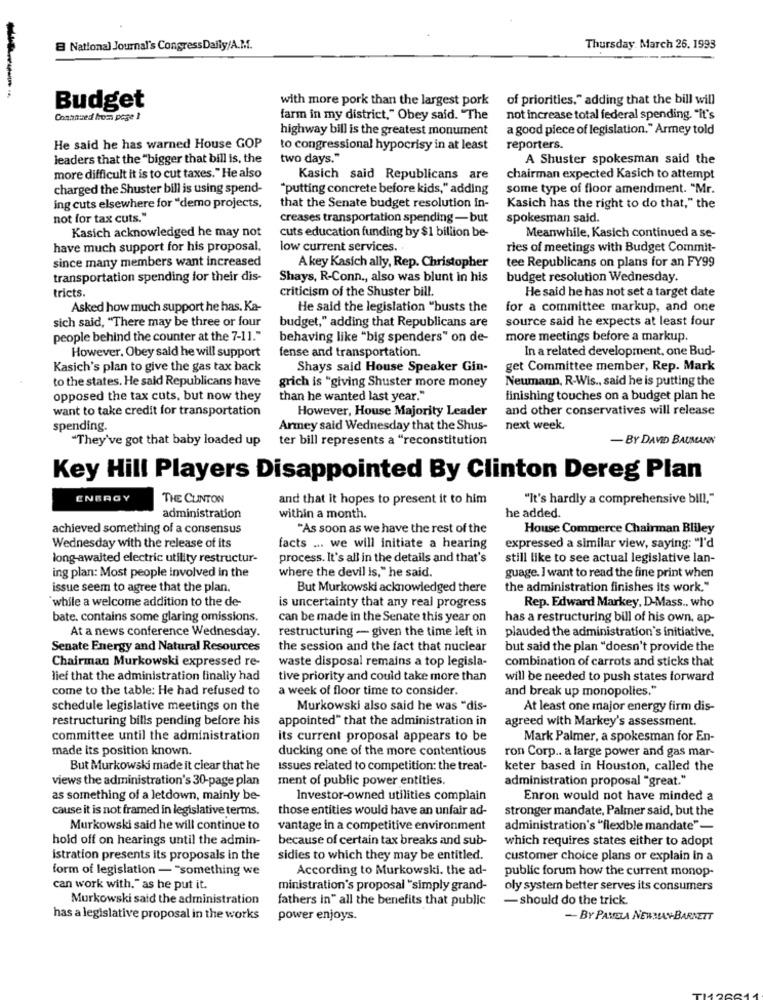
B National Journal's CongressDaily/A.M ..
Thursday, March 26. 1993
with more pork than the largest pork
of priorities," adding that the bill will
Budget
Contnued hrom poge ?
farm in my district," Obey said. "The
not increase total federal spending. "It's
highway bill is the greatest monument
a good piece of legislation." Armey told
He said he has warned House GOP
to congressional hypocrisy in at least
reporters.
leaders that the "bigger that bill is, the
two days."
A Shuster spokesman said the
more difficult it is to cut taxes. " He also
Kasich said Republicans are
chairman expected Kasich to attempt
charged the Shuster bill is using spend-
"putting concrete before kids," adding
some type of floor amendment. "Mr.
ing cuts elsewhere for "demo projects,
that the Senate budget resolution In-
Kasich has the right to do that," the
not for tax cuts."
creases transportation spending -but
spokesman said.
Kasich acknowledged he may not
cuts education funding by $1 billion be-
Meanwhile, Kasich continued a se-
have much support for his proposal.
low current services.
ries of meetings with Budget Commit-
since many members want increased
A key Kasich ally, Rep. Christopher
tee Republicans on plans for an FY99
transportation spending for their dis-
Shays, R-Conn ., also was blunt in his
budget resolution Wednesday.
tricts.
criticism of the Shuster bill.
He said he has not set a target date
Asked how much support he has. Ka-
He said the legislation "busts the
for a committee markup, and one
sich said, "There may be three or four
source said he expects at least four
budget," adding that Republicans are
people behind the counter at the 7-11."
behaving like "big spenders" on de-
more meetings before a markup.
fense and transportation.
In a related development, one Bud-
However, Obey said he will support
Kasich's plan to give the gas tax back
Shays said House Speaker Gin-
get Committee member, Rep. Mark
to the states. He said Republicans have
Neumann, R-Wis ., said he is putting the
grich is "giving Shuster more money
opposed the tax cuts, but now they
than he wanted last year."
finishing touches on a budget plan he
want to take credit for transportation
However, House Majority Leader
and other conservatives will release
spending.
Armey said Wednesday that the Shus-
next week.
"They've got that baby loaded up
ter bill represents a "reconstitution
- BY DAVID BAUMCANON
Key Hill Players Disappointed By Clinton Dereg Plan
ENERGY
THE CLINTON
and that it hopes to present it to him
"It's hardly a comprehensive bill."
he added.
administration
within a month.
achieved something of a consensus
"As soon as we have the rest of the
House Commerce Chairman Bliley
Wednesday with the release of its
facts ... we will initiate a hearing
expressed a similar view, saying: "I'd
long-awaited electric utility restructur-
process. It's all in the details and that's
still like to see actual legislative lan-
ing plan: Most people involved in the
where the devil is," he said
guage. I want to read the fine print when
issue seem to agree that the plan.
But Murkowski acknowledged there
the administration finishes its work."
while a welcome addition to the de-
Rep. Edward Markey, D-Mass .. who
is uncertainty that any real progress
bate. contains some glaring omissions.
can be made in the Senate this year on
has a restructuring bill of his own. ap-
At a news conference Wednesday.
restructuring - given the time left in
plauded the administration's initiative,
Senate Energy and Natural Resources
the session and the fact that nuclear
but said the plan "doesn't provide the
Chairman Murkowski expressed re-
waste disposal remains a top legisla-
combination of carrots and sticks that
lief that the administration finally had
tive priority and could take more than
will be needed to push states forward
come to the table: He had refused to
a week of floor time to consider.
and break up monopolies."
schedule legislative meetings on the
Murkowski also said he was "dis-
At least one major energy firm dis-
restructuring bills pending before his
appointed" that the administration in
agreed with Markey's assessment.
committee until the administration
its current proposal appears to be
Mark Palmer, a spokesman for En-
made its position known.
ducking one of the more contentious
ron Corp .. a large power and gas mar-
But Murkowski made it clear that he
Issues related to competition: the treat-
keter based in Houston, called the
views the administration's 30-page plan
ment of public power entities.
administration proposal "great."
as something of a letdown, mainly be-
Investor-owned utilities complain
Enron would not have minded a
cause it is not framed in legislative terms.
those entities would have an unfair ad-
stronger mandate, Palmer said, but the
Murkowski said he will continue to
vantage in a competitive environment
administration's "flexible mandate"-
hold off on hearings until the admin-
because of certain tax breaks and sub-
which requires states either to adopt
istration presents its proposals in the
sidies to which they may be entitled.
customer choice plans or explain in a
form of legislation - "something we
According to Murkowski. the ad-
public forum how the current monop-
can work with." as he put it.
ministration's proposal "simply grand-
oly system better serves its consumers
Murkowski said the administration
fathers in" all the benefits that public
- should do the trick.
has a legislative proposal in the works
power enjoys.
- BY PAMELA NEWMAN-BARNETT